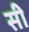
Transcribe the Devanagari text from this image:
सी